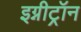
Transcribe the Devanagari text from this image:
इग्नीट्रॉन